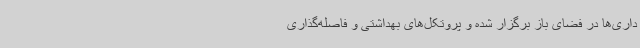
داری‌ها در فضای باز برگزار شده و پروتکل‌های بهداشتی و فاصله‌گذاری